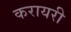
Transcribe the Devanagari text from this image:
करायरी